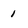
Character: 1